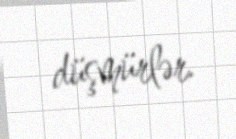
düşmürlər.